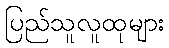
ပြည်သူလူထုများ